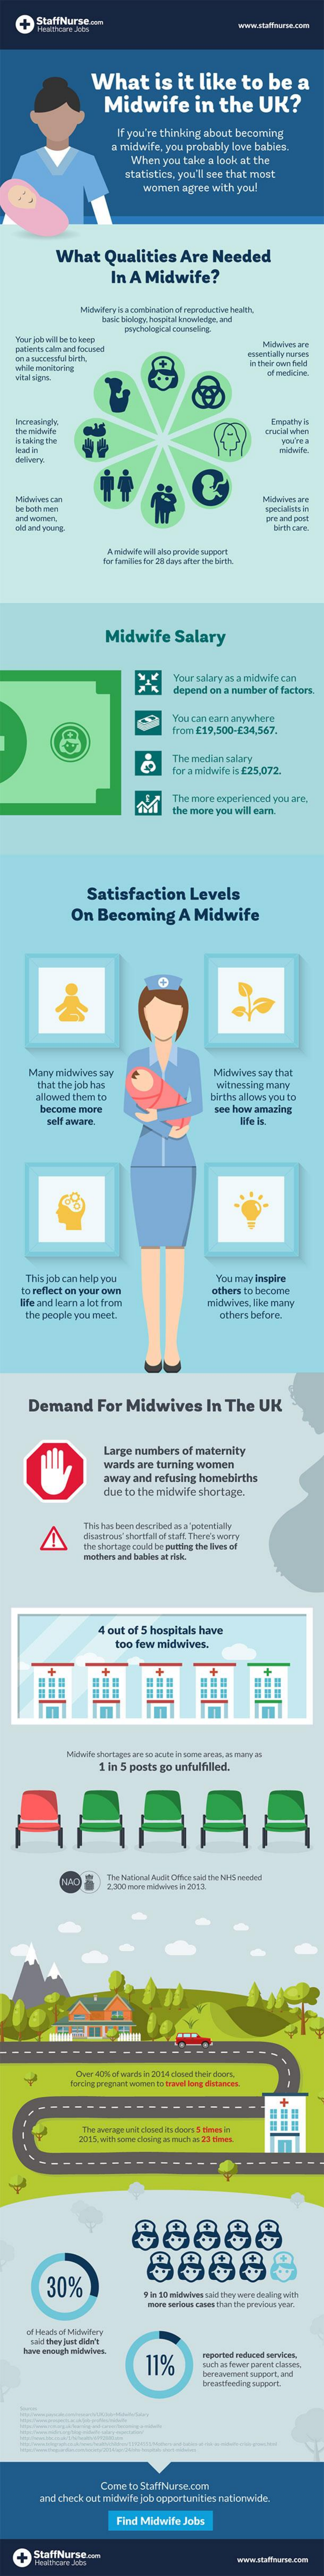
StaffNurse.    www.startrans
     What    is  it  like    to    be   a
     Midwife    in   the    UK?
     If you're thinking about becoming
     a midwife, you probably love babies.
     When  you take a look at the
     statistics, you'll see that monat
     worin  agree with you!
     What    Qualities    Are   Needed
     In A  Midwife?
     Midwifery h-a combination of reproductive hesiti.
     basic biology, honpat al kononvinder, and
     psychological counseling.
   pudemos calin and focaned
     Midwives det
     In their own Feld
   Vital signa.
   che micwite
   h taking the
     crucial when
     FOUTE B
   and worsen,
   old and young
     an and pour:
     birth care.
     A midwitwill who provide support
     Midwife    Salary
     Your salary as a midwife con
     depend on a number of factoes.
     You can cam anywhere
     from £19,500-£34,567.
     The med lan salary
     for a midwife is £25,072.
     The more experienced you are.
     the more you will eam
     Satisfaction    Levels
     On  Becoming    A  Midwife
     Many midwives say    Midwives say that
     thuit the job huin    witnessing many
     allowed them to    birthis allows you to
     become more
     self aware.
     see how amazing
     life is
     This job can help you    You may inspire
    to reflect on your own
    life and learn a lot from
     others to become
     midwives, Ike mirry
     the people you meet.    others before.
     Demand    For   Midwives    In  The   UK
     Large members  of maternity
     wards are turning women
     away and  refusing homebirths
     due to the midwife shortage.
     This has been described in a potentially
     castroun' shortfall of atatt. There's worry
     the shortage could be putting the Even af
     mothers and bables at rick.
     4 out of 5 hospitals have
     too few midwives.
     1 in 5 posts go unfulfilled.
     ... Over 4,7% of warth in 2004 closed their doors.
     Tanciing pregnant wonnen to tokviel long distancec.
     ------------
     The average unit closed its doors 5 times in
     98888
     30%
     88888
     8'in 50 midwives said they viene dealing with
     more serious cases than the popslous yesr.
     ol Hakk of Milvilwy
     have enough midwives
     11%
     breathneeding support.
     Come to StaffNurse.com
     and check out midwife job opportunities nationwide.
     Find Midwife Jobs